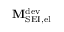
\mathbf { M } _ { \mathrm { S E I , e l } } ^ { \mathrm { d e v } }